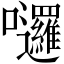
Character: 𡆗